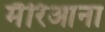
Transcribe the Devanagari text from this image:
मैरिआना